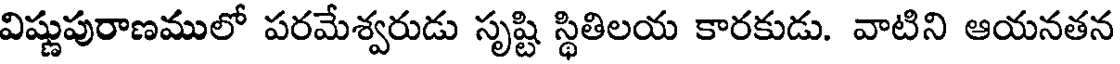
విష్ణుపురాణములో పరమేశ్వరుడు సృష్టి స్థితిలయ కారకుడు. వాటిని ఆయనతన